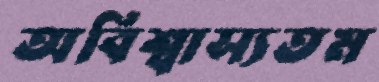
অবিশ্বাস্যতম